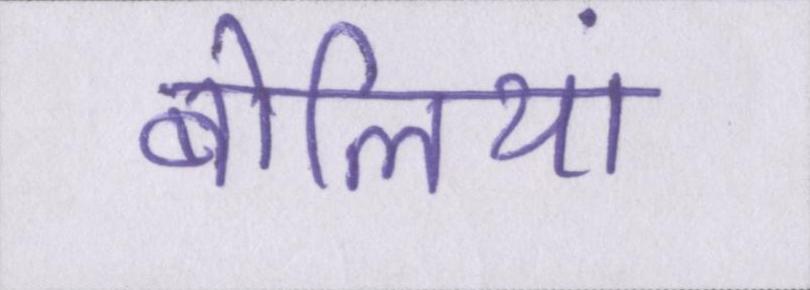
बोलियां